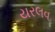
યરલવ